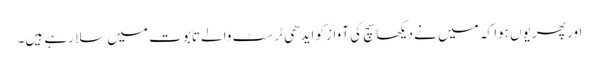
اور پھر یوں ہوا کہ میں نے دیکھا سچ کی آواز کو ایدھی ٹرسٹ والے تابوت میں سلا رہے ہیں۔